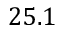
2 5 . 1